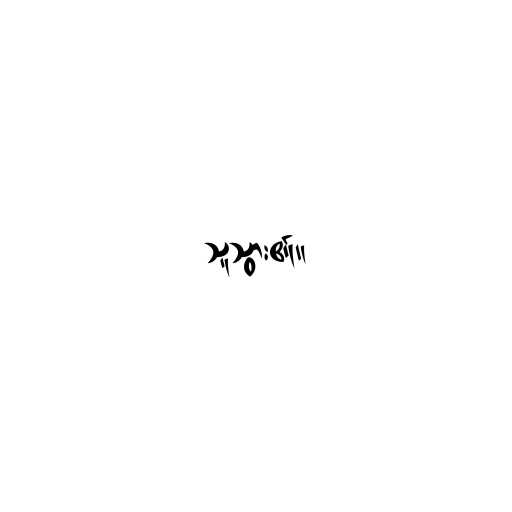
သူသွား၏။